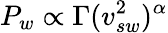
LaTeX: P_{w}\propto\Gamma(v_{sw}^{2})^{\alpha}